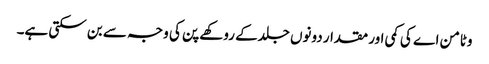
وٹامن اے کی کمی اور مقدار دونوں جلدکے روکھے پن کی وجہ سے بن سکتی ہے۔